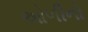
ઓળીનો